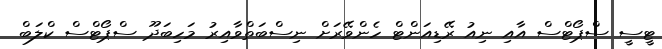
ޓީސީ ސްޕޯޓްސް އާއި ނިއު ރޭޑިއަންޓް ހެންވޭރަށް ނިސްބަތްވާއިރު މަހިބަދޫ ސްޕޯޓްސް ކްލަބް